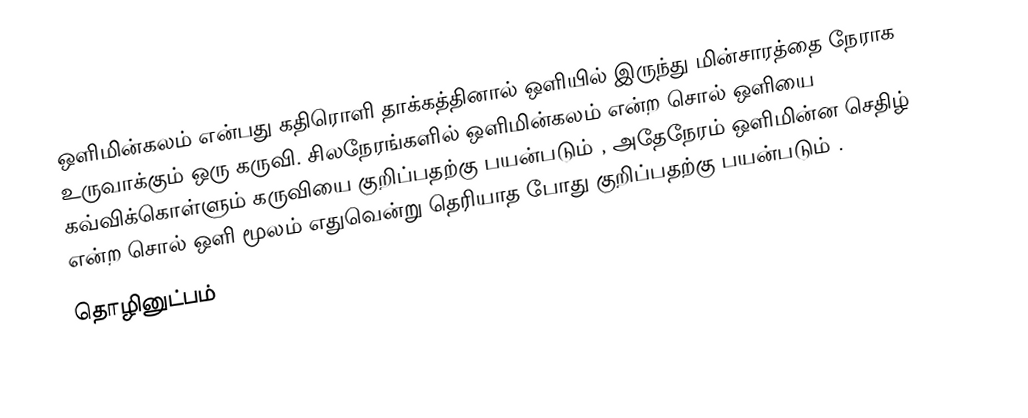
ஒளிமின்கலம் என்பது கதிரொளி தாக்கத்தினால் ஒளியில் இருந்து மின்சாரத்தை நேராக உருவாக்கும் ஒரு கருவி. சிலநேரங்களில் ஒளிமின்கலம் என்ற சொல் ஒளியை கவ்விக்கொள்ளும்  கருவியை குறிப்பதற்கு பயன்படும் , அதேநேரம் ஒளிமின்ன செதிழ் என்ற சொல்  ஒளி மூலம் எதுவென்று தெரியாத போது குறிப்பதற்கு பயன்படும் .
தொழினுட்பம்